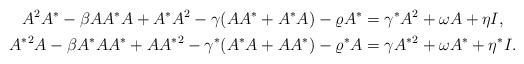
\begin{align*} A^2 A^* - \beta A A^* A + A^* A^2 - \gamma(AA^* + A^* A) - \varrho A^* &= \gamma^* A^2 + \omega A + \eta I, \\ {A^*}^2 A - \beta A^* A A^* + A {A^*}^2 - \gamma^* (A^*A + A A^*) - \varrho^* A &= \gamma {A^*}^2 + \omega A^* + \eta^* I. \end{align*}